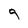
Character: 9